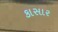
કાસાર